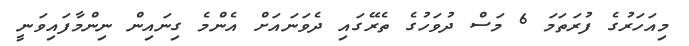
މިއަހަރުގެ ފުރަތަމަ 6 މަސް ދުވަހުގެ ތެރޭގައި ދެވަނައަށް އެންމެ ގިނައިން ނިންމާފައިވަނީ